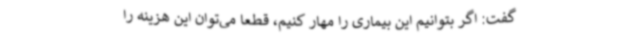
گفت: اگر بتوانیم این بیماری را مهار کنیم، قطعا می‌توان این هزینه را